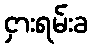
ငှားရမ်းခ